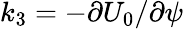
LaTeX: k_{3}=-\partial U_{0}/\partial\psi